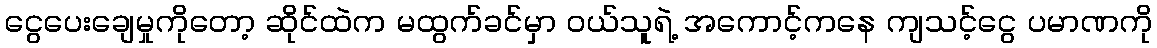
ငွေပေးချေမှုကိုတော့ ဆိုင်ထဲက မထွက်ခင်မှာ ဝယ်သူရဲ့ အကောင့်ကနေ ကျသင့်ငွေ ပမာဏကို